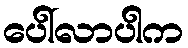
ပေါ်လာပါက